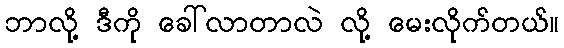
ဘာလို့ ဒီကို ခေါ်လာတာလဲ လို့ မေးလိုက်တယ်။